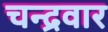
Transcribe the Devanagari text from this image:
चन्द्रवार